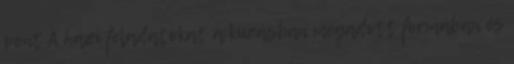
pont A házi feladatokat a kiírásban megadott formában és